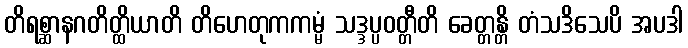
တိရစ္ဆာနဂတိတ္ထိယာတိ တိဟေတုကကမ္မံ သဒ္ဒပ္ပဝတ္တီတိ ခေတ္တန္တိ တံသဒိသေပိ အပဒါ